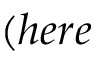
( h e r e